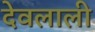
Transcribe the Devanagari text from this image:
देवलाली